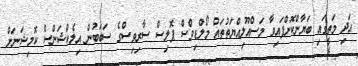
އަދި މަތީގައި ބަޔާންކޮށްފައިވާ މަސްއޫލިއްޔަތުތައް މޯލްޑިވްސް ޕޮލިސް ސާރިވިސްގެ ސަބަބުން އިލެކްޝަންސް ކޮމިޝަނަށް